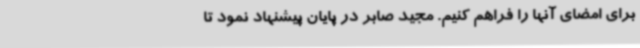
برای امضای آنها را فراهم کنیم. مجید صابر در پایان پیشنهاد نمود تا